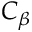
C _ { \beta }